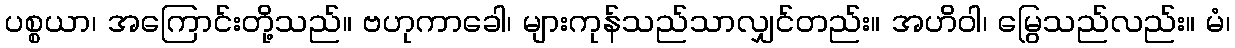
ပစ္စယာ၊ အကြောင်းတို့သည်။ ဗဟုကာခေါ၊ များကုန်သည်သာလျှင်တည်း။ အဟိဝါ၊ မြွေသည်လည်း။ မံ၊